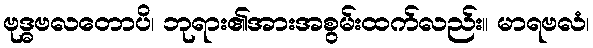
ဗုဒ္ဓဗလတောပိ၊ ဘုရား၏အားအစွမ်းထက်လည်း။ မာရဗလံ၊